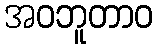
အဝဘူတာဝ